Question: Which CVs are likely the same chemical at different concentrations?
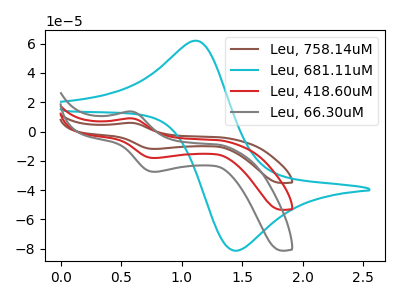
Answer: <think>The brown curve "Leu, 758.14uM" has an anodic peak at (0.60V, 18.00uA) and a cathodic peak at (0.80V, -36.15uA). The cyan curve "Leu, 681.11uM" has an anodic peak at (1.15V, 61.90uA) and a cathodic peak at (1.45V, -81.40uA). The red curve "Leu, 418.60uM" has an anodic peak at (0.60V, 9.00uA) and a cathodic peak at (0.80V, -18.10uA). The gray curve "Leu, 66.30uM" has an anodic peak at (0.60V, 13.70uA) and a cathodic peak at (0.80V, -27.50uA).
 "Leu, 758.14uM" and "Leu, 681.11uM" have at least one peak that do not match. All the peaks in "Leu, 758.14uM" have a peak in "Leu, 418.60uM" at the same potential. Every peak in "Leu, 758.14uM" is higher than every peak in "Leu, 418.60uM". All the peaks in "Leu, 758.14uM" have a peak in "Leu, 66.30uM" at the same potential. Every peak in "Leu, 758.14uM" is higher than every peak in "Leu, 66.30uM". "Leu, 681.11uM" and "Leu, 418.60uM" have at least one peak that do not match. "Leu, 681.11uM" and "Leu, 66.30uM" have at least one peak that do not match. All the peaks in "Leu, 418.60uM" have a peak in "Leu, 66.30uM" at the same potential. Every peak in "Leu, 418.60uM" is lower than every peak in "Leu, 66.30uM".</think>
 <answer>"Leu, 66.30uM", "Leu, 758.14uM" and "Leu, 418.60uM" have the same shape and are likely CV's of the same chemical.</answer>
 <eval>"Leu, 66.30uM" "Leu, 758.14uM" "Leu, 418.60uM"</eval>